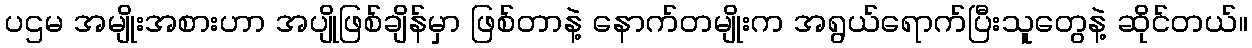
ပဌမ အမျိုးအစားဟာ အပျိုဖြစ်ချိန်မှာ ဖြစ်တာနဲ့ နောက်တမျိုးက အရွယ်ရောက်ပြီးသူတွေနဲ့ ဆိုင်တယ်။